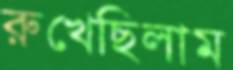
রুখেছিলাম